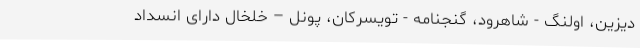
دیزین، اولنگ - شاهرود، گنجنامه - تویسرکان، پونل – خلخال دارای انسداد